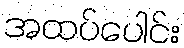
အထပ်ပေါင်း